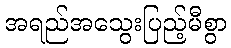
အရည်အသွေးပြည့်မီစွာ